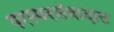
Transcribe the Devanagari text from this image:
परस्परसंवादात